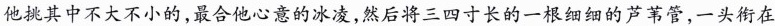
他挑其中不大不小的，最合他心意的冰凌，然后将三四寸长的一根细细的芦苇管，一头衔在